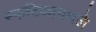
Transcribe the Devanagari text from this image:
स्फटिकामधले